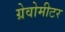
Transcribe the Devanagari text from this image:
ग्रेवोमीटर